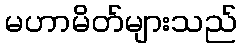
မဟာမိတ်များသည်